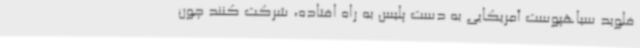
فلوید سیاهپوست آمریکایی به دست پلیس به راه افتاده، شرکت کنند چون